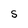
Character: 5